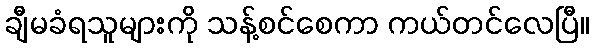
ချီမခံရသူများကို သန့်စင်စေကာ ကယ်တင်လေပြီ။